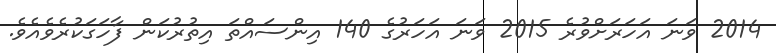
2014 ވަނަ އަހަރަށްވުރެ 2015 ވަނަ އަހަރުގެ 140 އިންސައްތަ އިތުރުކަން ފާހަގަކުރެވެއެވެ.